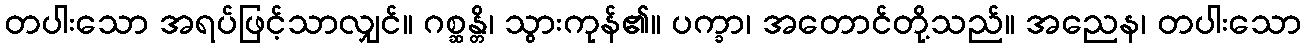
တပါးသော အရပ်ဖြင့်သာလျှင်။ ဂစ္ဆန္တိ၊ သွားကုန်၏။ ပက္ခာ၊ အတောင်တို့သည်။ အညေန၊ တပါးသော